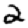
Digit: 2